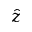
\hat { z }